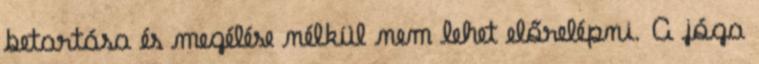
betartása és megélése nélkül nem lehet előrelépni. A jóga